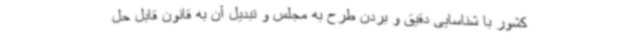
کشور با شناسایی دقیق و بردن طرح به مجلس و تبدیل آن به قانون قابل حل